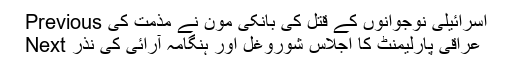
Previous اسرائیلی نوجوانوں کے قتل کی بانکی مون نے مذمت کی
Next عراقی پارلیمنٹ کا اجلاس شوروغل اور ہنگامہ آرائی کی نذر